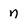
Character: n